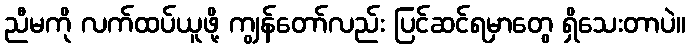
ညီမကို လက်ထပ်ယူဖို့ ကျွန်တော်လည်း ပြင်ဆင်ရမှာတွေ ရှိသေးတာပဲ။